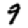
Digit: 9